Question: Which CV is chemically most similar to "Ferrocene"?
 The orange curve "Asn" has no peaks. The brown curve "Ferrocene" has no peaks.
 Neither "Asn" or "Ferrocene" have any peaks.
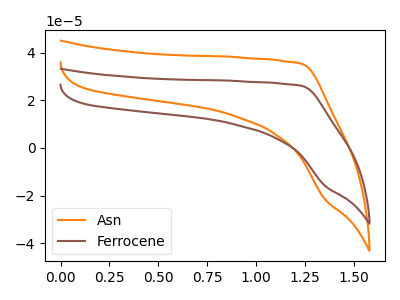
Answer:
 <answer>The CV with the most similar shape to "Asn" is "Ferrocene".</answer>
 <eval>"Ferrocene"</eval>